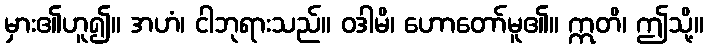
မှား၏ဟူ၍။ အဟံ၊ ငါဘုရားသည်။ ဝဒါမိ၊ ဟောတော်မူ၏။ ဣတိ၊ ဤသို့။